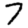
Digit: 7